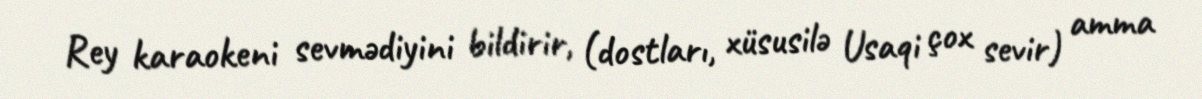
Rey karaokeni sevmədiyini bildirir, (dostları, xüsusilə Usaqi çox sevir) amma